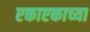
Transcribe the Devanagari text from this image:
एकाएकाच्या